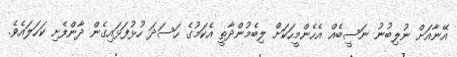
އޭނާއަށް ނުލިބުނު ނަސީބެއް އެހެންމީހަކަށް ލިބެމުންދާތީ އެކަމުގެ ހަސަދަ ހުޅުފަޅައިގެން ދާންފެށި ކަހަލައެވެ.